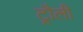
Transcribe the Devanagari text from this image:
ट्रौली